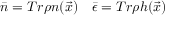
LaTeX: \bar { n } = T r \rho n ( \vec { x } ) \quad \bar { \epsilon } = T r \rho h ( \vec { x } )